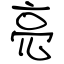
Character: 亮